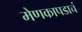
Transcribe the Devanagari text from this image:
मेणकापडाचं